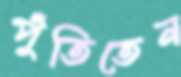
পুঁতিতেন